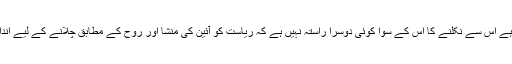
ہمیں بد زبان رہنمائوں نے بگاڑ کی جس نہج پر پہنچادیا ہے اُس سے نکلنے کا اس کے سوا کوئی دوسرا راستہ نہیں ہے کہ ریاست کو آئین کی منشا اور روح کے مطابق چلانے کے لیے اندازِ حکمرانی میں سنجیدگی اور شائستگی اختیار کی جائے۔